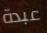
عبدة